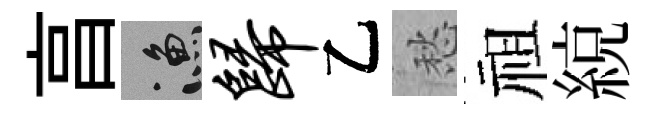
亯漁归乙愁祖綂